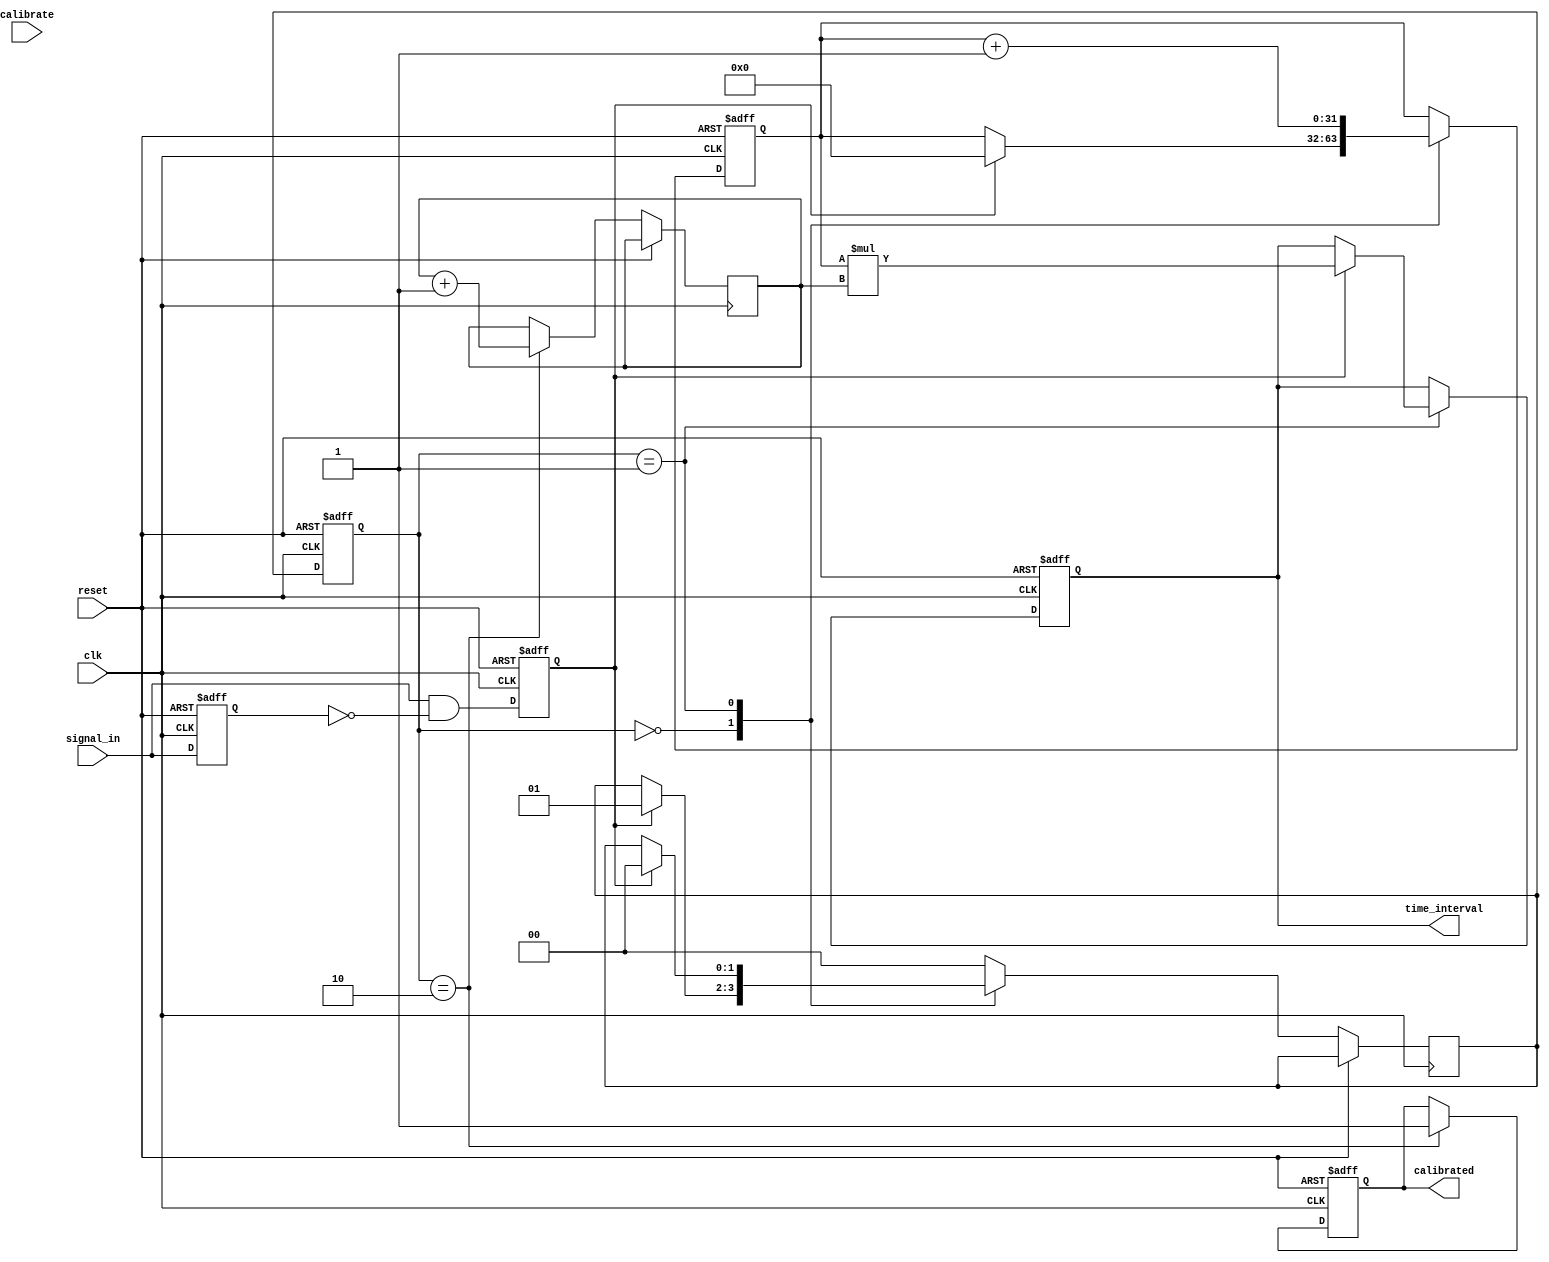
module TDC (
    input wire clk,                // High-frequency clock
    input wire reset,              // Asynchronous reset
    input wire signal_in,          // Input signal for timing measurement
    input wire calibrate,          // Calibration signal
    output reg [31:0] time_interval,// Measured time interval output
    output reg calibrated           // Calibration status indicator
);

    // State Encoding
    parameter IDLE      = 2'b00;
    parameter MEASURING = 2'b01;
    parameter CALIBRATING = 2'b10;

    reg [1:0] state, next_state;
    reg [31:0] counter;            // Counter for time measurement
    reg [31:0] calibration_factor; // Calibration factor
    reg edge_detected;             // Edge detected flag
    reg last_signal;               // For edge detection

    // Edge Detection Logic
    always @(posedge clk or posedge reset) begin
        if (reset) begin
            last_signal <= 0;
            edge_detected <= 0;
        end else begin
            edge_detected <= (signal_in & ~last_signal); // Rising edge detection
            last_signal <= signal_in;
        end
    end

    // Time Measurement Logic
    always @(posedge clk or posedge reset) begin
        if (reset) begin
            counter <= 0;
            time_interval <= 0;
            calibrated <= 0;
        end else begin
            case (state)
                IDLE: begin
                    if (edge_detected) begin
                        counter <= 0; // Reset counter on rising edge
                        next_state <= MEASURING;
                    end
                end
                
                MEASURING: begin
                    counter <= counter + 1; // Increment counter
                    if (edge_detected) begin
                        time_interval <= counter * calibration_factor; // Latch counter value
                        next_state <= IDLE;
                    end
                end
                
                CALIBRATING: begin
                    // Calibration logic, adjust calibration factor
                    // (This is a placeholder; actual calibration logic should be implemented)
                    calibration_factor <= (calibration_factor + 1);
                    calibrated <= 1; // Indicate calibration has occurred
                    next_state <= IDLE;
                end
                
                default: next_state <= IDLE;
            endcase
        end
    end

    // State Machine Management
    always @(posedge clk or posedge reset) begin
        if (reset) begin
            state <= IDLE;
        end else begin
            state <= next_state;
        end
    end

endmodule